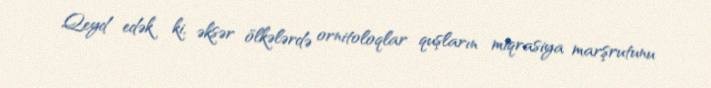
Qeyd edək ki, əksər ölkələrdə ornitoloqlar quşların miqrasiya marşrutunu